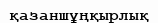
қазаншұңқырлық